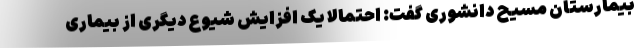
بیمارستان مسیح دانشوری گفت: احتمالاً یک افزایش شیوع دیگری از بیماری